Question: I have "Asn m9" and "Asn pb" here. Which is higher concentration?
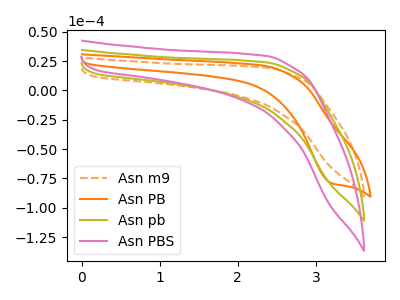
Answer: <think>The orange dashed curve "Asn m9" has no peaks. The orange curve "Asn PB" has a cathodic peak at: (3.20V, -79.10uA). The olive curve "Asn pb" has no peaks. The pink curve "Asn PBS" has no peaks.
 Neither "Asn m9" or "Asn pb" have any peaks.</think>
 <answer>I cant tell if "Asn m9" or "Asn pb" has higher concentration.</answer>
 <eval>mixed_concentration</eval>